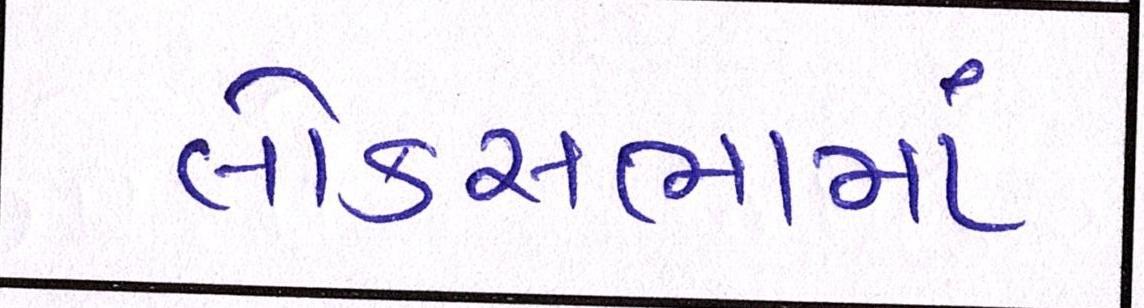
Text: લોકસભામાં